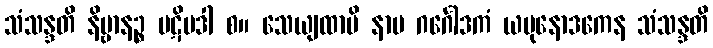
သံသန္ဒတိ နိဗ္ဗာနဉ္စ ပဋိပဒါ စ။ သေယျထာပိ နာမ ဂင်္ဂေါဒကံ ယမုနောဒကေန သံသန္ဒတိ